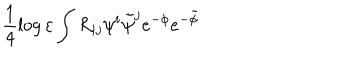
\frac 1 4 \log \varepsilon \int R _ { i j } \psi ^ { i } \tilde { \psi } ^ { j } e ^ { - \phi } e ^ { - \tilde { \phi } }